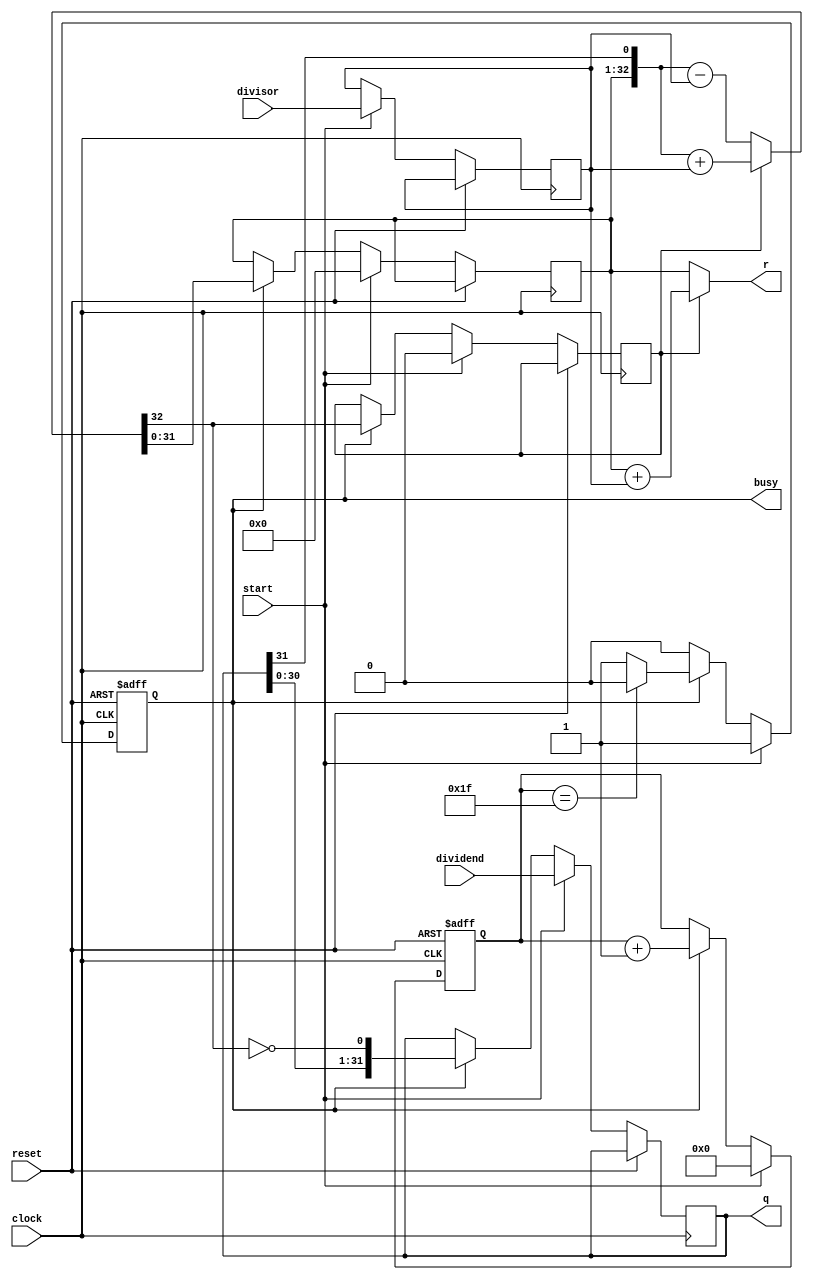
`timescale 1ns / 1ps
//////////////////////////////////////////////////////////////////////////////////
// Company: 
// Engineer: 
// 
// Design Name: 
// Module Name: DIVU
// Project Name: 
// Target Devices: 
// Tool Versions: 
// Description: 
// 
// Dependencies: 
// 
// Revision:
// Revision 0.01 - File Created
// Additional Comments:
// 
//////////////////////////////////////////////////////////////////////////////////


module DIVU(
    input [31:0] dividend,   //
    input [31:0] divisor,    //
    input start,    //
    input clock,
    input reset,            //0
    output [31:0] q,  //
    output [31:0] r,   //
    output reg busy      //
    );
    wire ready;
    reg [5:0] count;
    reg [31:0] reg_q;
    reg [31:0] reg_r;
    reg [31:0] reg_b;
    reg busy2,r_sign;

    assign ready=~busy&busy2;

    wire [32:0] sub_add=r_sign?({reg_r,q[31]}+{1'b0,reg_b}):({reg_r,q[31]}-{1'b0,reg_b});
                                
    assign r=r_sign?reg_r+reg_b:reg_r;

    assign q=reg_q;
    
    always @(posedge clock or posedge reset)
    begin
    if(reset)
    begin
        count<=0;
        busy<=0;
        busy2<=0;
    end
    else 
    begin
        busy2<=busy;
        if(start)
        begin
            reg_r<=32'b0;
            r_sign<=0;
            reg_q<=dividend;
            reg_b<=divisor;
            count<=0;
            busy<=1;
        end
        else if(busy)
        begin
            reg_r<=sub_add[31:0];
            r_sign<=sub_add[32];
            reg_q<={reg_q[30:0],~sub_add[32]};
            count<=count+1;
            if(count==31)
            busy<=0;
        end
    end
    end                 
    
    
    
endmodule